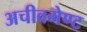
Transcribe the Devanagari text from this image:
अचीवमेण्ट